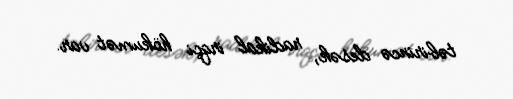
təbirincə desək, radikal irqçi hökumət var.